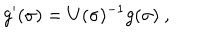
g ^ { \prime } ( \sigma ) = U ( \sigma ) ^ { - 1 } g ( \sigma ) ~ , ~ ~